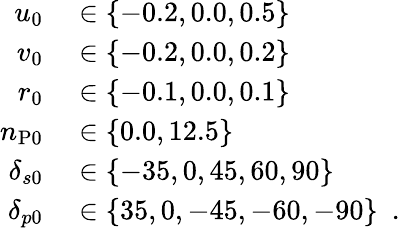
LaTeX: \begin{array}{r}{\begin{array}{rl}{u_{0}}&{{}\in\{ -0.2,0.0,0.5\} }\\ {v_{0}}&{{}\in\{ -0.2,0.0,0.2\} }\\ {r_{0}}&{{}\in\{ -0.1,0.0,0.1\} }\\ {n_{\mathrm{P}0}}&{{}\in\{ 0.0,12.5\} }\\ {\delta_{s0}}&{{}\in\{ -35,0,45,60,90\} }\\ {\delta_{p0}}&{{}\in\{ 35,0,-45,-60,-90\} \enspace.}\end{array}}\end{array}